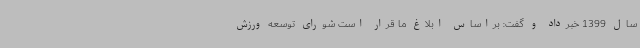
سال 1399 خبرداد و گفت: براساس ابلاغ ما قرار است شورای توسعه ورزش